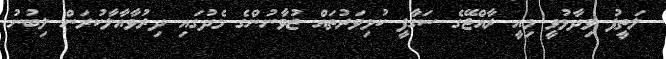
ލަތީފު ވިދާޅުވީ މިއީ ރާއްޖޭގެ ސަގާފީ ކުޅިވަރުތައް ޒުވާނުންގެ މެދުގައި ދިރުވާއާލާކުރަން ލިބުނު